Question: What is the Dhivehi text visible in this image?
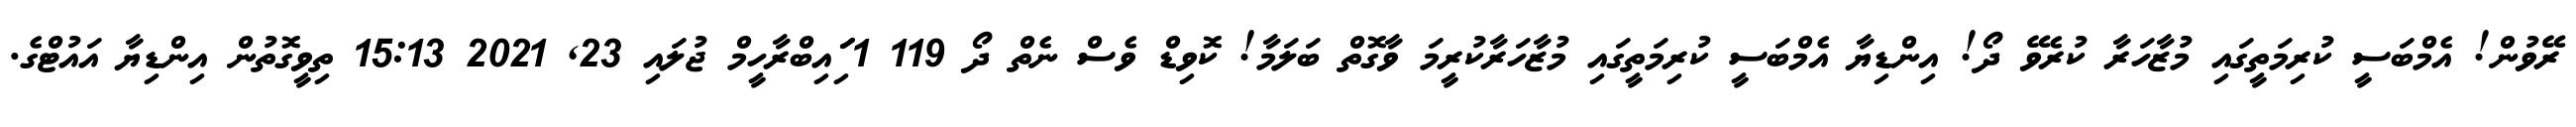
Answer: ރޭވުން! އެމްބަސީ ކުރިމަތީގައި މުޒާހަރާ ކުރެވޭ ދޯ! އިންޑިޔާ އެމްބަސީ ކުރިމަތީގައި މުޒާހަރާކުރީމަ ވާގޮތް ބަލަމާ! ކޮވިޑް ވެސް ނެތް ދޯ 119 1 ަިަަައިބްރާހީމް ޖުލައި 23, 2021 15:13 ތިވީގޮތުން އިންޑިޔާ އައުޓްގެ.